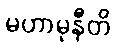
မဟာမုနီတိ